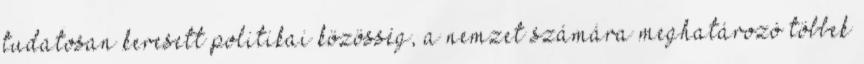
tudatosan keresett politikai közösség, a nemzet számára meghatározó többek